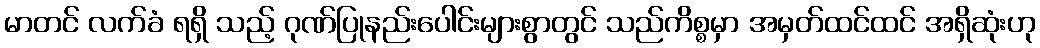
မာတင် လက်ခံ ရရှိ သည့် ဂုဏ်ပြုနည်းပေါင်းများစွာတွင် သည်ကိစ္စမှာ အမှတ်ထင်ထင် အရှိဆုံးဟု